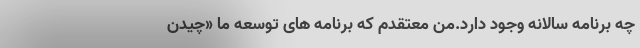
چه برنامه سالانه وجود دارد.من معتقدم‌ که برنامه های توسعه ما «چیدن